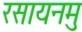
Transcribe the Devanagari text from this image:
रसायनमु